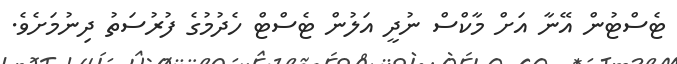
ޓެސްޓުން އޭނާ އަށް މާކްސް ނުދީ އަލުން ޓެސްޓް ހެދުމުގެ ފުރުސަތު ދިނުމަށެވެ.